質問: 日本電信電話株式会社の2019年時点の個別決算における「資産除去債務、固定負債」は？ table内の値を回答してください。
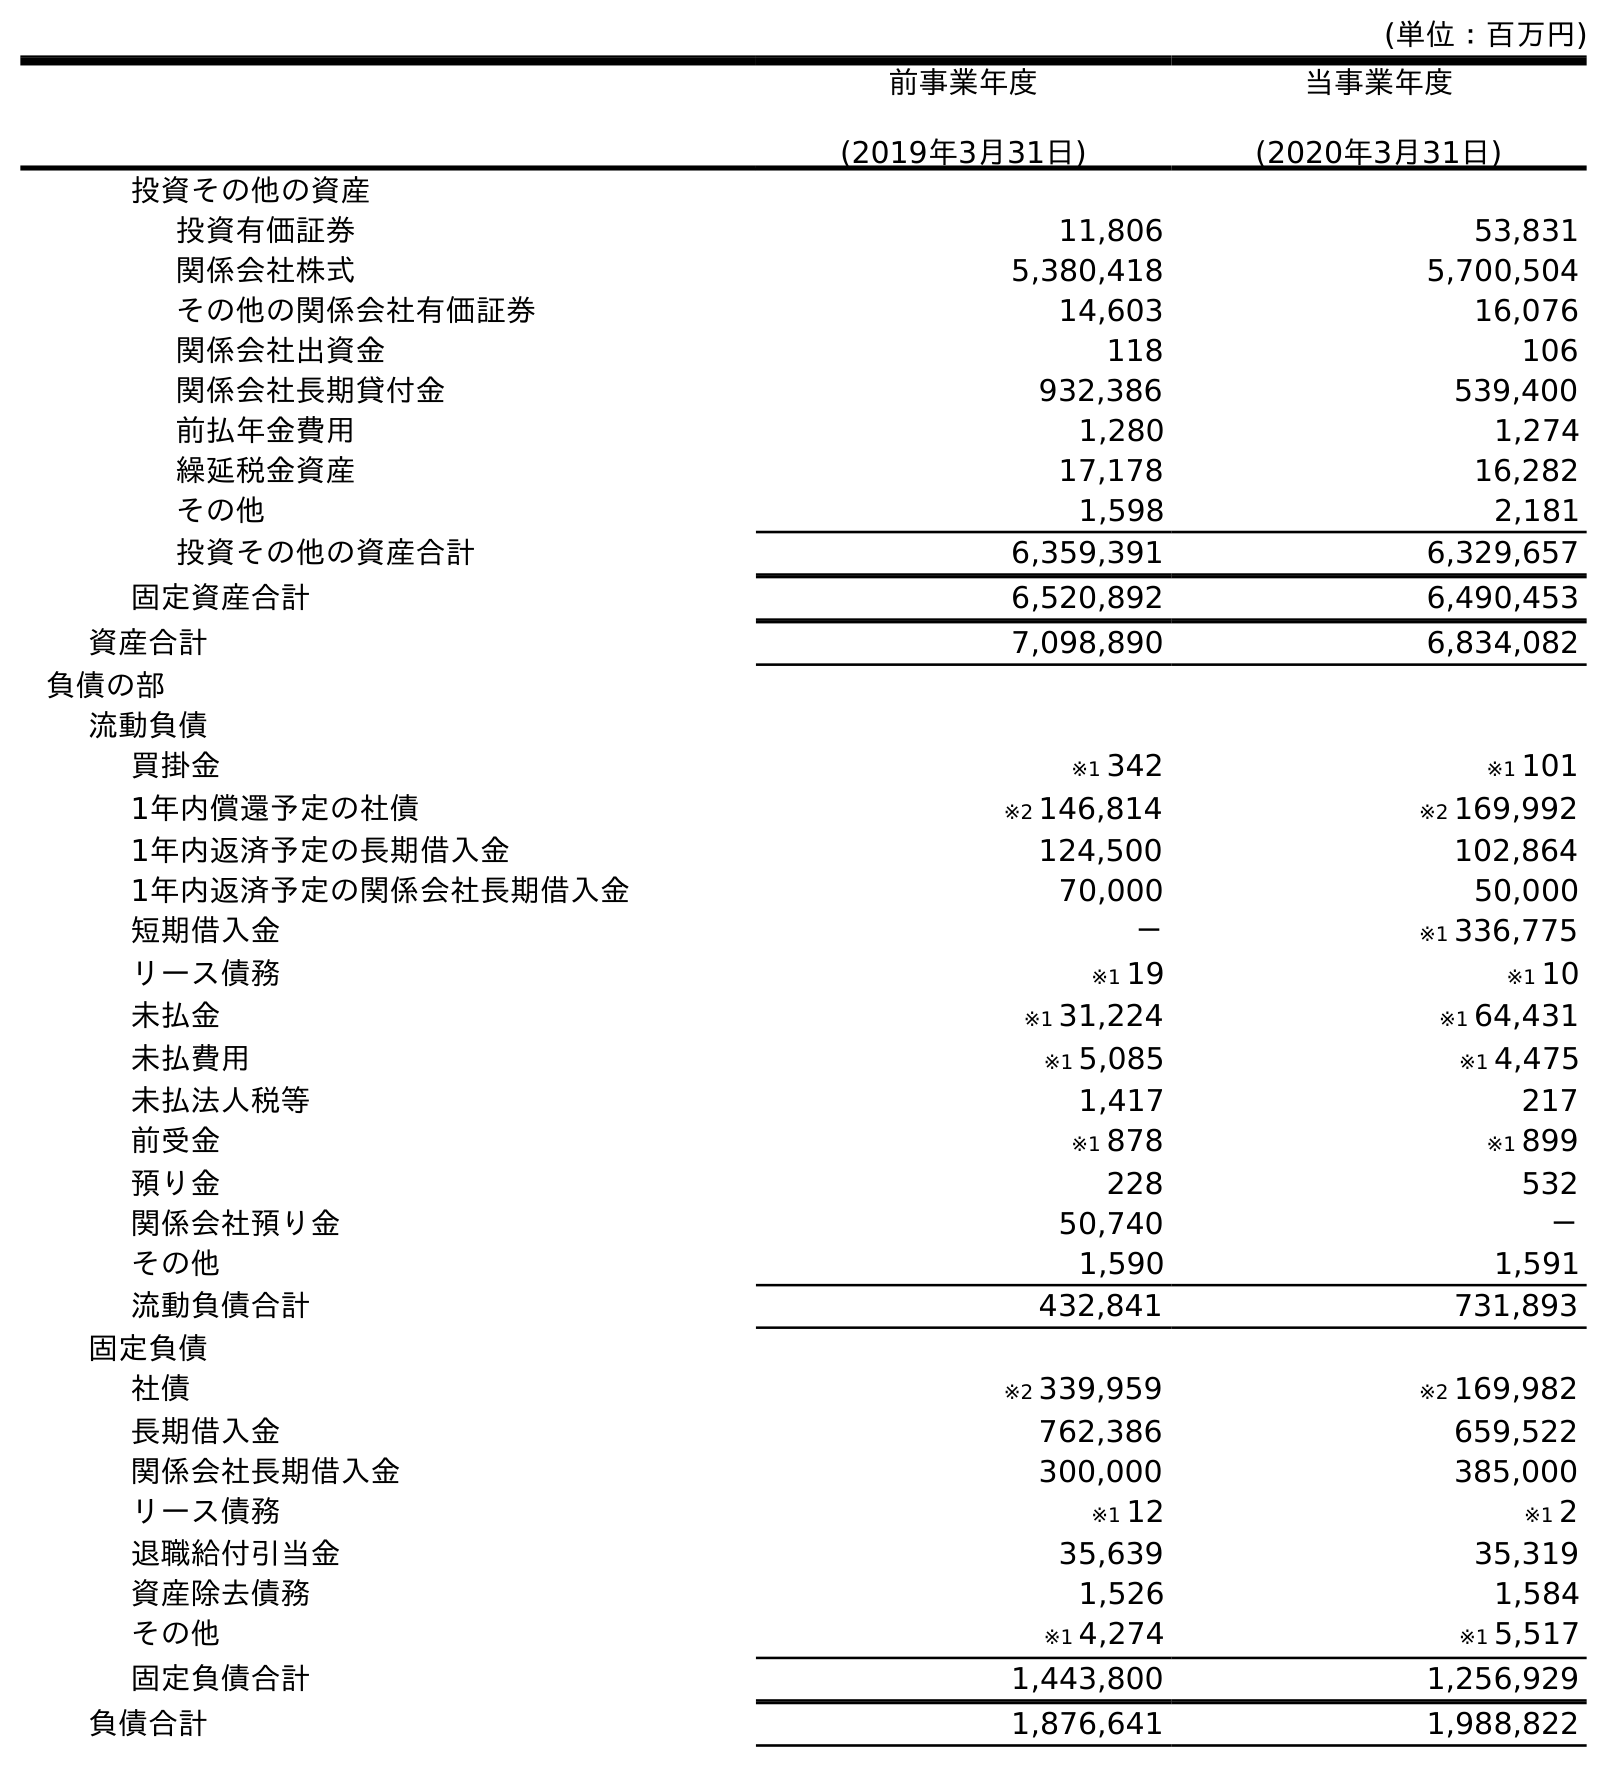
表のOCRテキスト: (単位：百万円) 前事業年度 (2019年3月31日) 当事業年度 (2020年3月31日) 投資その他の資産 投資有価証券 11,806 53,831 関係会社株式 5,380,418 5,700,504 その他の関係会社有価証券 14,603 16,076 関係会社出資金 118 106 関係会社長期貸付金 932,386 539,400 前払年金費用 1,280 1,274 繰延税金資産 17,178 16,282 その他 1,598 2,181 投資その他の資産合計 6,359,391 6,329,657 固定資産合計 6,520,892 6,490,453 資産合計 7,098,890 6,834,082 負債の部 流動負債 買掛金 ※1 342 ※1 101 1年内償還予定の社債 ※2 146,814 ※2 169,992 1年内返済予定の長期借入金 124,500 102,864 1年内返済予定の関係会社長期借入金 70,000 50,000 短期借入金 － ※1 336,775 リース債務 ※1 19 ※1 10 未払金 ※1 31,224 ※1 64,431 未払費用 ※1 5,085 ※1 4,475 未払法人税等 1,417 217 前受金 ※1 878 ※1 899 預り金 228 532 関係会社預り金 50,740 － その他 1,590 1,591 流動負債合計 432,841 731,893 固定負債 社債 ※2 339,959 ※2 169,982 長期借入金 762,386 659,522 関係会社長期借入金 300,000 385,000 リース債務 ※1 12 ※1 2 退職給付引当金 35,639 35,319 資産除去債務 1,526 1,584 その他 ※1 4,274 ※1 5,517 固定負債合計 1,443,800 1,256,929 負債合計 1,876,641 1,988,822
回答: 1,526